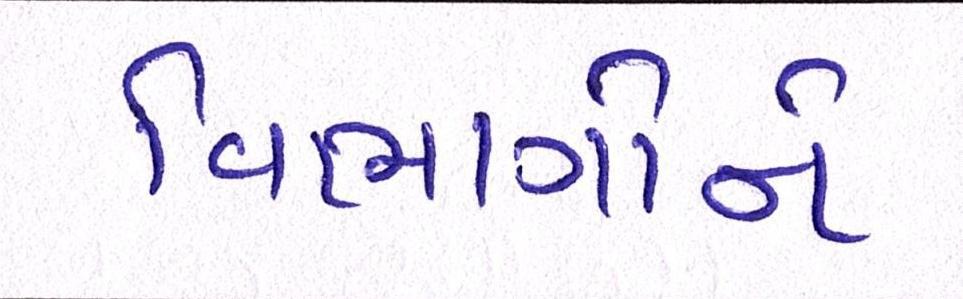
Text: વિભાગોને